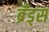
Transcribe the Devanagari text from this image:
ब्रँड्स